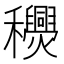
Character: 𥤎